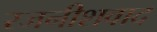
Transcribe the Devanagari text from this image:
रजनीशवाद